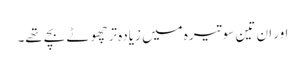
اور ان تین سو تیرہ میں زیادہ تر چھوٹے بچے تھے۔